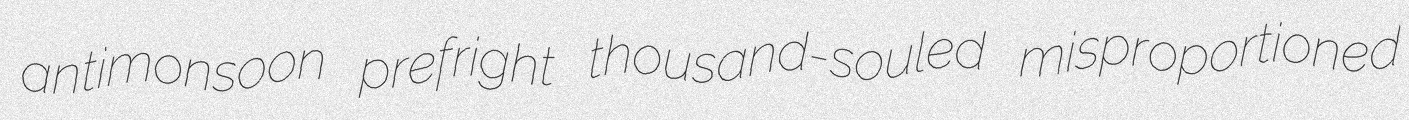
antimonsoon prefright thousand-souled misproportioned